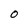
Character: O